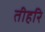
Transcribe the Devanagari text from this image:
तीहरि